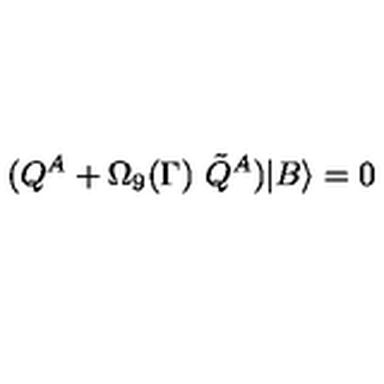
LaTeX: ( Q ^ { A } + \Omega _ { 9 } ( \Gamma ) \ \tilde { Q } ^ { A } ) | B \rangle = 0